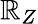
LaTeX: \mathbb{R}_{Z}